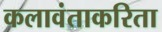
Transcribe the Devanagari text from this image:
कलावंताकरिता